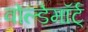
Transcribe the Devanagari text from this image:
वोल्डेमॉर्ट्